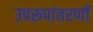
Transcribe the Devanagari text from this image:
उपरूपांतरणों